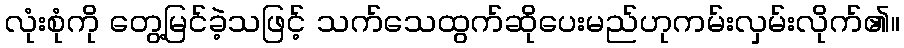
လုံးစုံကို တွေ့မြင်ခဲ့သဖြင့် သက်သေထွက်ဆိုပေးမည်ဟုကမ်းလှမ်းလိုက်၏။